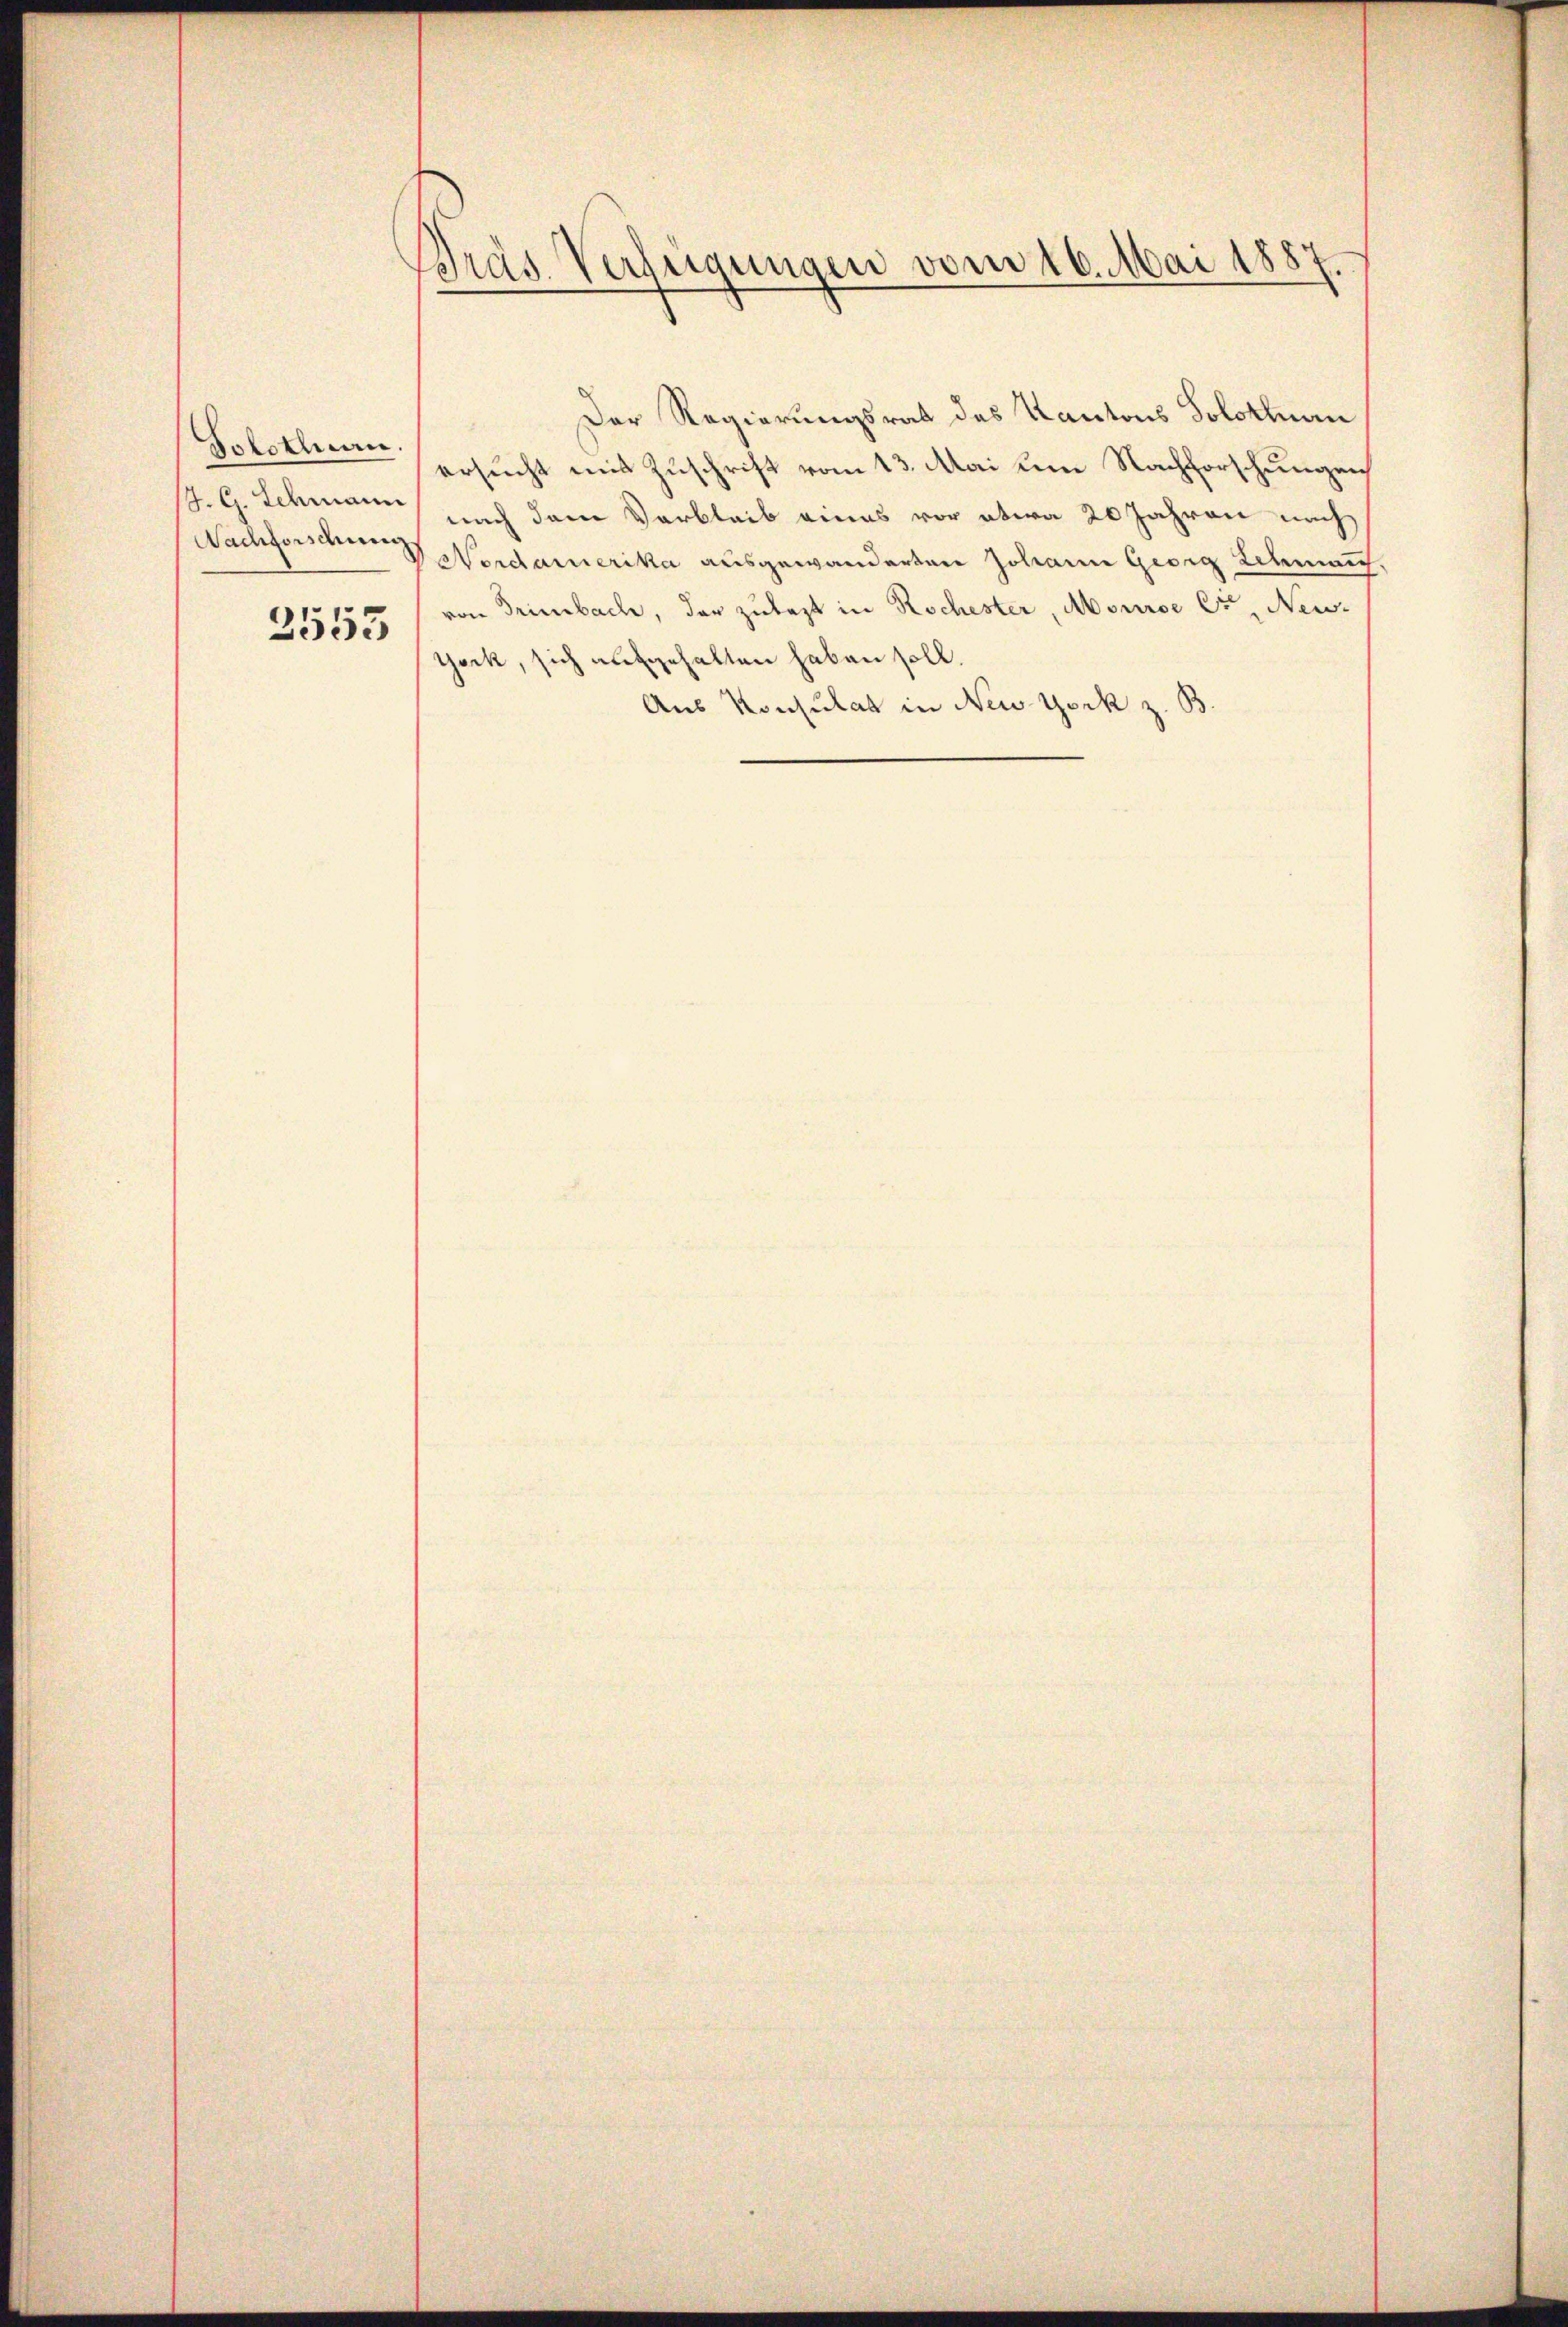
Solothurn.
J. G. Schmann

2553

Pras. Verfügungen vom 16. Mai 1887.

Der Regierungsrat des Kantons Solothurn
ersucht mit Zuschrift vom 13. Mai um Nachforschungen
nach dem Verbleib eines vor etwa 20 Jahren nach
Nachforschen Nordamerika ausgewanderten Johann Georg Schmeich,
von Trimbach, der zulezt in Rochester, Absurde Er, Neuyeck, sich aufgehalten haben soll.
Aus Konsulat in New York z. B.